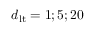
d _ { \mathrm { l t } } = 1 ; 5 ; 2 0